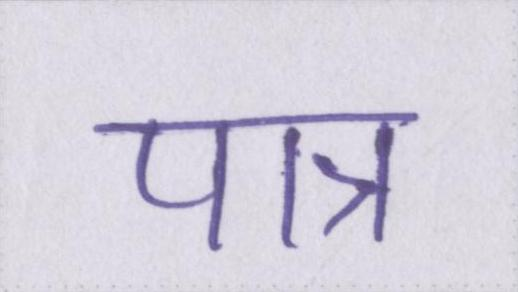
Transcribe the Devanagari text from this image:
पात्र